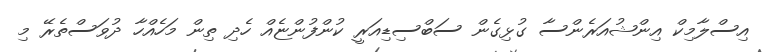
އިސްލާމިކް އިންޝުއަރެންސާ ގުޅިގެން ސަބްސިޑިއަރީ ކުންފުންޏެއް ހެދި ތިން މަހެއްހާ ދުވަސްތެރޭ މި